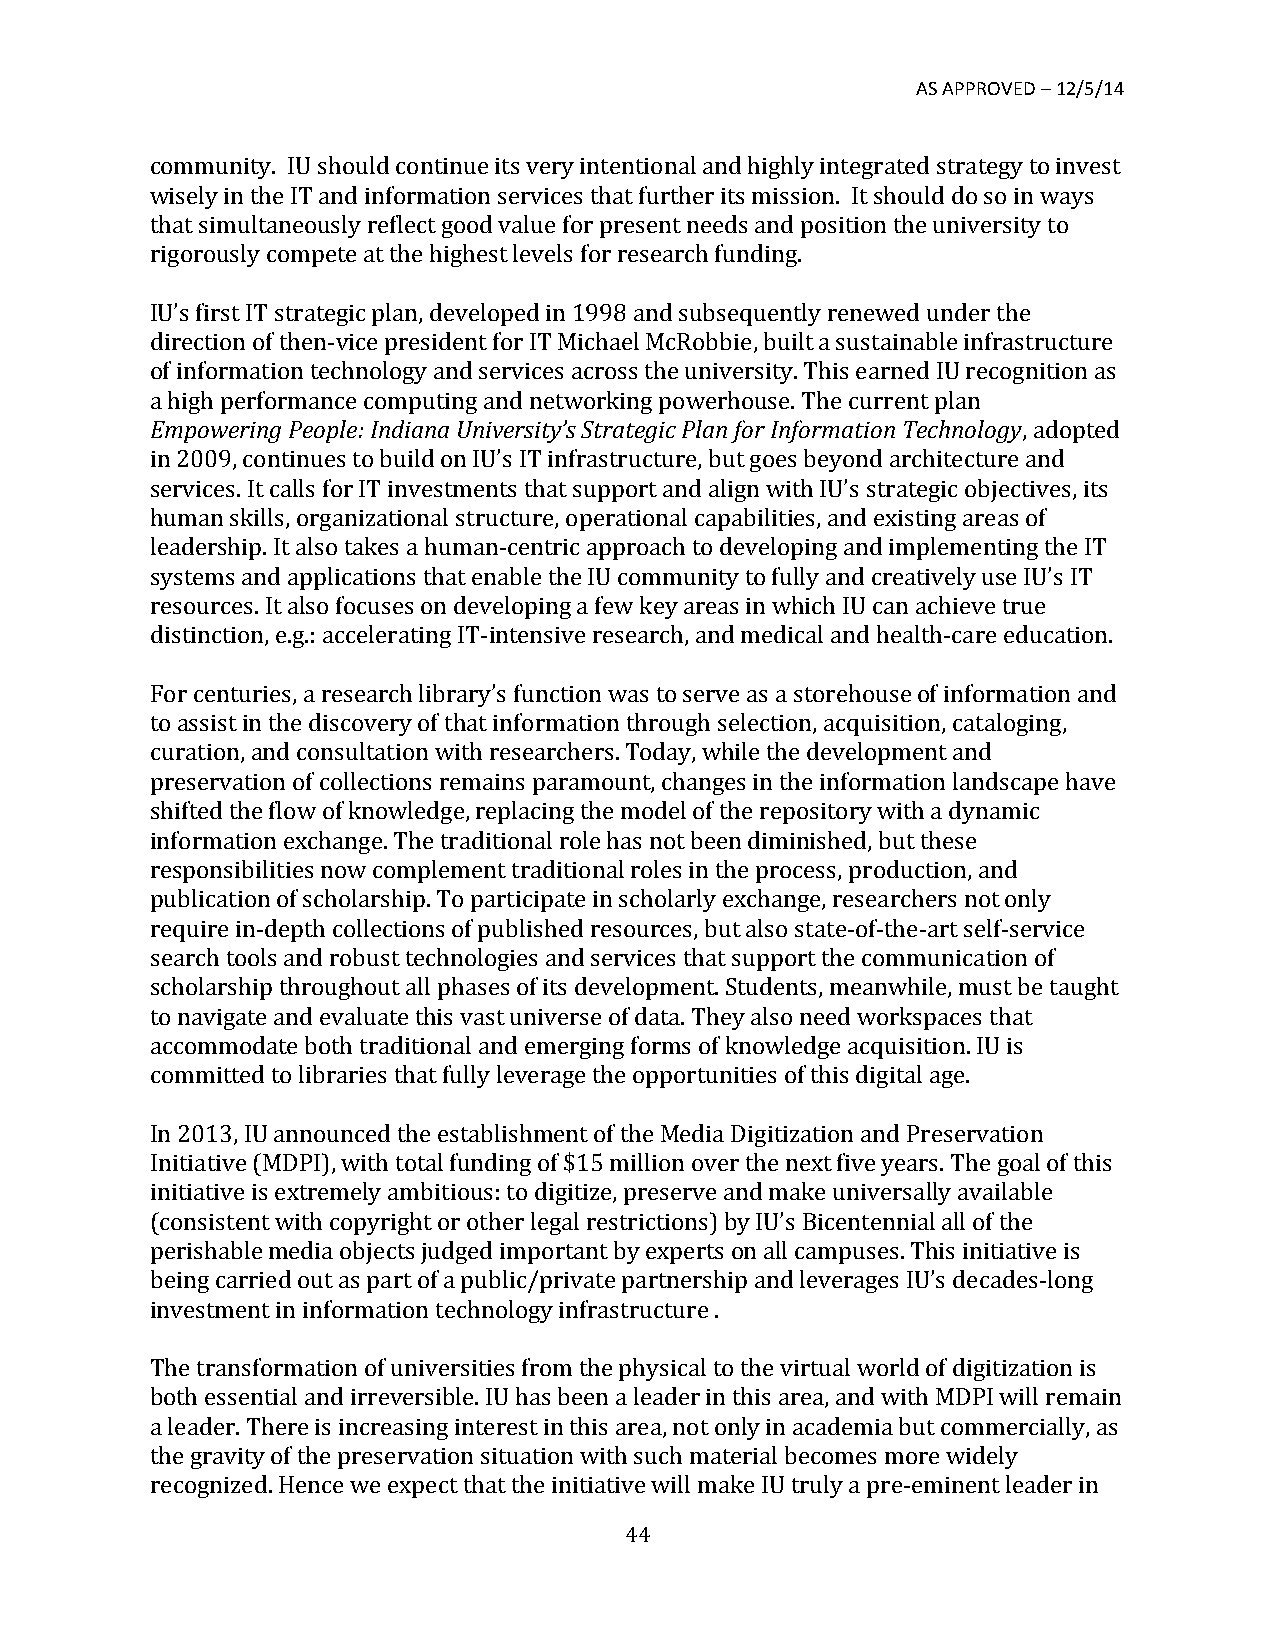
AS APPROVED – 12/5/14
 community. IU should continue its very intentional and highly integrated strategy to invest
 wisely in the IT and information services that further its mission. It should do so in ways
 that simultaneously reflect good value for present needs and position the university to
 rigorously compete at the highest levels for research funding.
 IU’s first IT strategic plan, developed in 1998 and subsequently renewed under the
 direction of then-­‐vice president for IT Michael McRobbie, built a sustainable infrastructure
 of information technology and services across the university. This earned IU recognition as
 a high performance computing and networking powerhouse. The current plan
 Empowering People: Indiana University’s Strategic Plan for Information Technology, adopted
 in 2009, continues to build on IU’s IT infrastructure, but goes beyond architecture and
 services. It calls for IT investments that support and align with IU’s strategic objectives, its
 human skills, organizational structure, operational capabilities, and existing areas of
 leadership. It also takes a human-­‐centric approach to developing and implementing the IT
 systems and applications that enable the IU community to fully and creatively use IU’s IT
 resources. It also focuses on developing a few key areas in which IU can achieve true
 distinction, e.g.: accelerating IT-­‐intensive research, and medical and health-­‐care education.
 For centuries, a research library’s function was to serve as a storehouse of information and
 to assist in the discovery of that information through selection, acquisition, cataloging,
 curation, and consultation with researchers. Today, while the development and
 preservation of collections remains paramount, changes in the information landscape have
 shifted the flow of knowledge, replacing the model of the repository with a dynamic
 information exchange. The traditional role has not been diminished, but these
 responsibilities now complement traditional roles in the process, production, and
 publication of scholarship. To participate in scholarly exchange, researchers not only
 require in-­‐depth collections of published resources, but also state-­‐of-­‐the-­‐art self-­‐service
 search tools and robust technologies and services that support the communication of
 scholarship throughout all phases of its development. Students, meanwhile, must be taught
 to navigate and evaluate this vast universe of data. They also need workspaces that
 accommodate both traditional and emerging forms of knowledge acquisition. IU is
 committed to libraries that fully leverage the opportunities of this digital age.
 In 2013, IU announced the establishment of the Media Digitization and Preservation
 Initiative (MDPI), with total funding of $15 million over the next five years. The goal of this
 initiative is extremely ambitious: to digitize, preserve and make universally available
 (consistent with copyright or other legal restrictions) by IU’s Bicentennial all of the
 perishable media objects judged important by experts on all campuses. This initiative is
 being carried out as part of a public/private partnership and leverages IU’s decades-­‐long
 investment in information technology infrastructure .
 The transformation of universities from the physical to the virtual world of digitization is
 both essential and irreversible. IU has been a leader in this area, and with MDPI will remain
 a leader. There is increasing interest in this area, not only in academia but commercially, as
 the gravity of the preservation situation with such material becomes more widely
 recognized. Hence we expect that the initiative will make IU truly a pre-­‐eminent leader in
 44